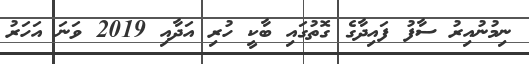
ނިމުނުއިރު ސާފު ފައިދާގެ ގޮތުގައި ބާކީ ހުރި އަދާއި 2019 ވަނަ އަހަރު